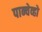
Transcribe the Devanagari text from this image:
पान्चेव्हो